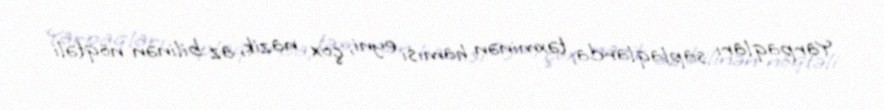
Yarpaqları saplaqlarda, təxminən hamısı eyni, çox nazik, az bilinən nöqtəli